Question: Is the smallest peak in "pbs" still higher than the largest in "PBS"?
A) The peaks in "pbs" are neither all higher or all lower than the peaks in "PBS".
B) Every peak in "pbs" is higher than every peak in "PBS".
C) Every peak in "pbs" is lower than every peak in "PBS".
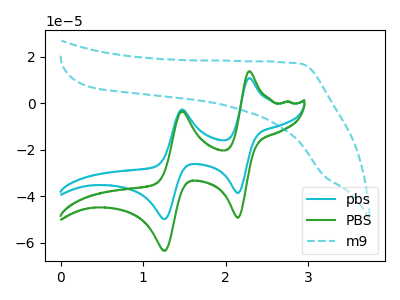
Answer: <think>The cyan curve "pbs" has anodic peaks at (2.30V, 10.70uA) (1.45V, -2.75uA) and cathodic peaks at (2.15V, -38.70uA) (1.25V, -49.90uA). The green curve "PBS" has anodic peaks at (2.30V, 13.65uA) (1.45V, -3.50uA) and cathodic peaks at (2.15V, -49.25uA) (1.25V, -63.55uA). The cyan dashed curve "m9" has no peaks.</think>
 <answer>A) The peaks in "pbs" are neither all higher or all lower than the peaks in "PBS".</answer>
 <eval>A</eval>